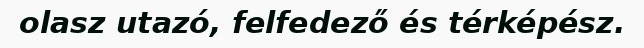
olasz utazó, felfedező és térképész.